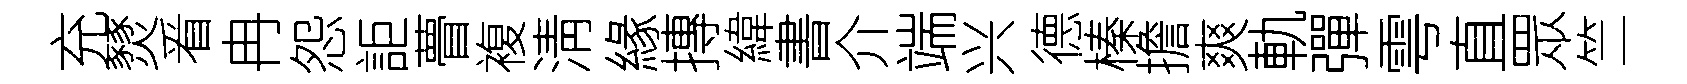
充燹㸔冉怨詎瞢複淸緣摶緯書介端兴德榛擔爽軌彈雩直眾竺